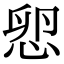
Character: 㤻